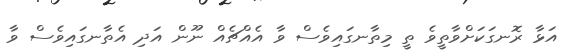
އަޅާ ރޮނގަކަށްވާތީވެ ތީ މިތާނގައިވެސް ވާ އެއްޗެއް ނޫން އަދި އެތާނގައިވެސް ވާ